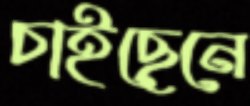
চাইছেনে